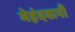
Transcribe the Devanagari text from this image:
मेहंदवानी